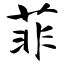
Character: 菲